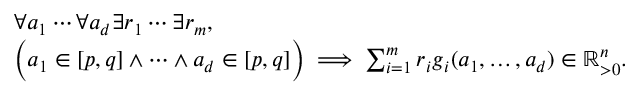
\begin{array} { r l } & { \forall a _ { 1 } \cdots \forall a _ { d } \exists r _ { 1 } \cdots \exists r _ { m } , } \\ & { \bigg ( a _ { 1 } \in [ p , q ] \land \cdots \land a _ { d } \in [ p , q ] \bigg ) \implies \sum _ { i = 1 } ^ { m } r _ { i } \boldsymbol { g } _ { i } ( a _ { 1 } , \ldots , a _ { d } ) \in \mathbb { R } _ { > 0 } ^ { n } . } \end{array}